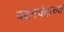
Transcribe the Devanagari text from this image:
वदनचंद्राच्या